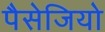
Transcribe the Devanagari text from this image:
पैसेजियो